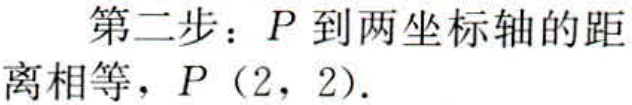
第二步：\(P\)到两坐标轴的距
离相等，\(P(2,2)\).